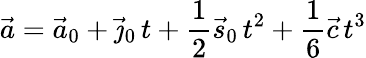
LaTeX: {\vec{a}}={\vec{a}}_{0}+{\vec{\jmath}}_{0}\, t+{\frac{1}{2}}{\vec{s}}_{0}\, t^{2}+{\frac{1}{6}}{\vec{c}}\, t^{3}